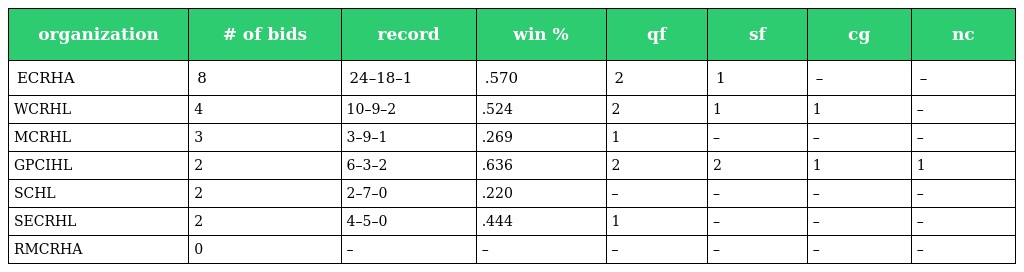
| organization | # of bids | record | win % | qf | sf | cg | nc |
 | --- | --- | --- | --- | --- | --- | --- | --- |
 | ECRHA | 8 | 24–18–1 | .570 | 2 | 1 | – | – |
 | WCRHL | 4 | 10–9–2 | .524 | 2 | 1 | 1 | – |
 | MCRHL | 3 | 3–9–1 | .269 | 1 | – | – | – |
 | GPCIHL | 2 | 6–3–2 | .636 | 2 | 2 | 1 | 1 |
 | SCHL | 2 | 2–7–0 | .220 | – | – | – | – |
 | SECRHL | 2 | 4–5–0 | .444 | 1 | – | – | – |
 | RMCRHA | 0 | – | – | – | – | – | – |